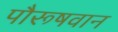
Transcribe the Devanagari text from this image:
पौरूषवान